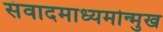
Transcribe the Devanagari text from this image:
संवादमाध्यमोन्मुख